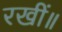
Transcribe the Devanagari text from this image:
रखीं॥